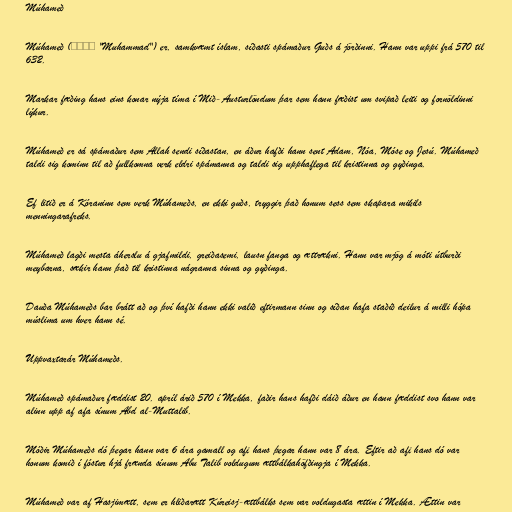
Múhameð

Múhameð (محمد "Muhammad") er, samkvæmt íslam, síðasti spámaður Guðs á jörðinni. Hann var uppi frá 570 til
632.

Markar fæðing hans eins konar nýja tíma í Mið-Austurlöndum þar sem hann fæðist um svipað leiti og fornöldinni
lýkur.

Múhameð er sá spámaður sem Allah sendi síðastan, en áður hafði hann sent Adam, Nóa, Móse og Jesú. Múhameð
taldi sig kominn til að fullkomna verk eldri spámanna og taldi sig upphaflega til kristinna og gyðinga.

Ef litið er á Kóraninn sem verk Múhameðs, en ekki guðs, tryggir það honum sess sem skapara mikils
menningarafreks.

Múhameð lagði mesta áherslu á gjafmildi, greiðasemi, lausn fanga og ættrækni. Hann var mjög á móti útburði
meybarna, sækir hann það til kristinna nágranna sinna og gyðinga.

Dauða Múhameðs bar brátt að og því hafði hann ekki valið eftirmann sinn og síðan hafa staðið deilur á milli hópa
múslima um hver hann sé.

Uppvaxtarár Múhameðs.

Múhameð spámaður fæddist 20. apríl árið 570 í Mekka, faðir hans hafði dáið áður en hann fæddist svo hann var
alinn upp af afa sínum Abd al-Muttalib.

Móðir Múhameðs dó þegar hann var 6 ára gamall og afi hans þegar hann var 8 ára. Eftir að afi hans dó var
honum komið í fóstur hjá frænda sínum Abu Talib voldugum ættbálkahöfðingja í Mekka.

Múhameð var af Hasjimætt, sem er hliðarætt Kúreisj-ættbálks sem var voldugasta ættin í Mekka. Ættin var